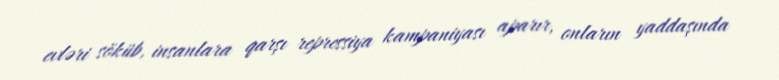
evləri söküb, insanlara qarşı repressiya kampaniyası aparır, onların yaddaşında